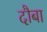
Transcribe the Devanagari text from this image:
दौबा